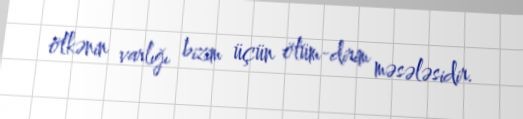
ölkənin varlığı bizim üçün ölüm-dirim məsələsidir.